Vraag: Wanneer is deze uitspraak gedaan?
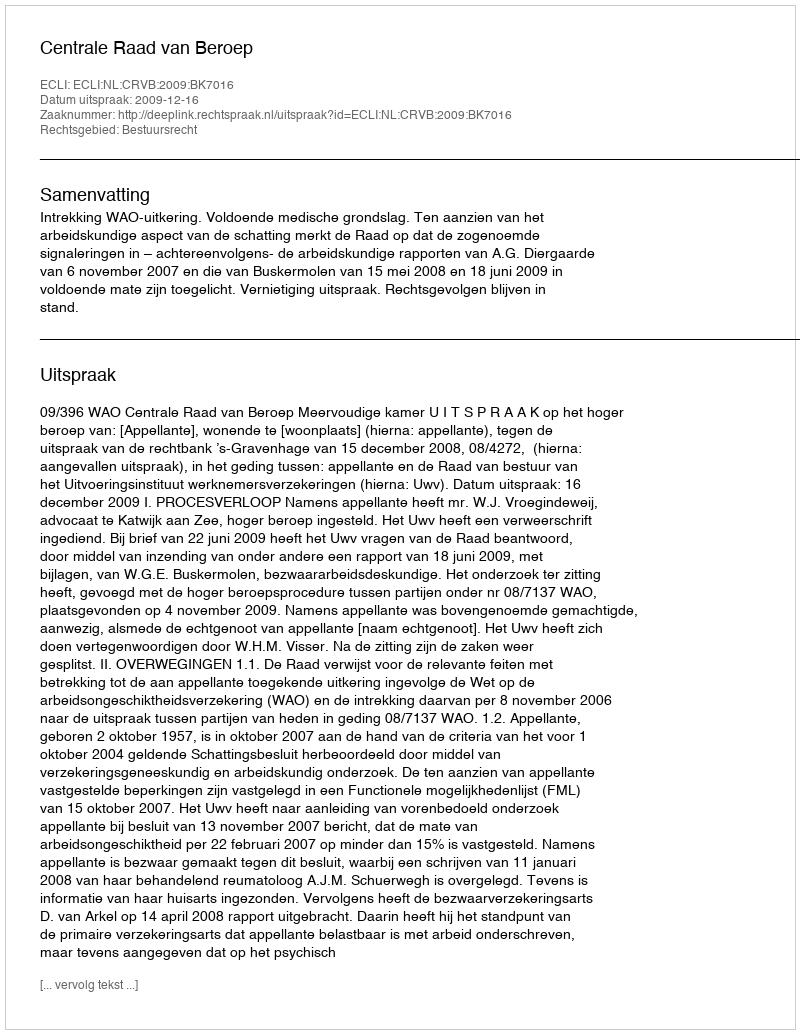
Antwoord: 2009-12-16